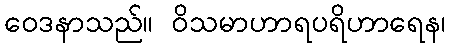
ဝေဒနာသည်။ ဝိသမာဟာရပရိဟာရေန၊